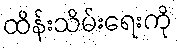
ထိန်းသိမ်းရေးကို